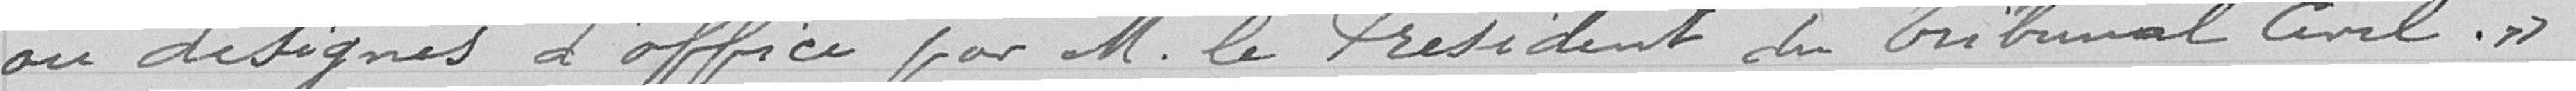
ou désignés d'office par Monsieur le Président du Tribunal Civil."